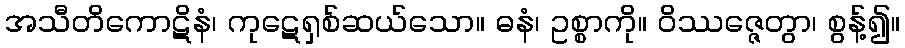
အသီတိကောဋိနံ၊ ကုဋေရှစ်ဆယ်သော။ ဓနံ၊ ဥစ္စာကို။ ဝိဿဇ္ဇေတွာ၊ စွန့်၍။